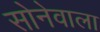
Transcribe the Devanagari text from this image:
सोनेवाला